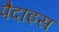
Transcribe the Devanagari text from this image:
पैदाइस